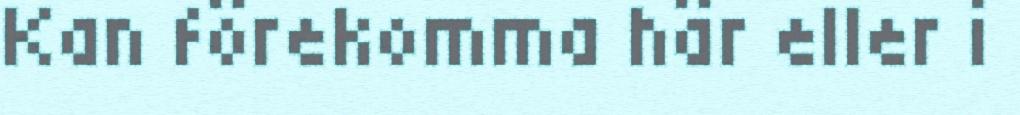
Kan förekomma här eller i